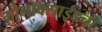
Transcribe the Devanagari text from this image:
मोनॉक्साईडची